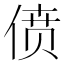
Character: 偾